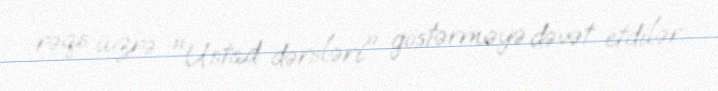
rəqs üzrə "Ustad dərsləri" göstərməyə dəvət etdilər.